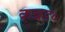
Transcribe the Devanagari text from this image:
कन्नड०